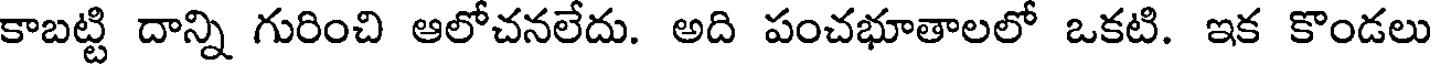
కాబట్టి దాన్ని గురించి ఆలోచనలేదు. అది పంచభూతాలలో ఒకటి. ఇక కొండలు